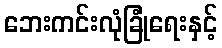
ဘေးကင်းလုံခြုံရေးနှင့်